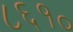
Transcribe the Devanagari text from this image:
८६१०